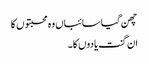
چھن گیا سائباں وہ محبتوں کا
ان گنت یادوں کا۔